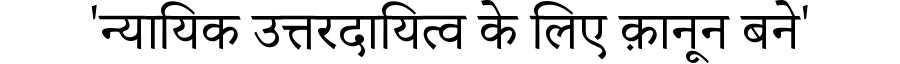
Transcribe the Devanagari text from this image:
'न्यायिक उत्तरदायित्व के लिए क़ानून बने'